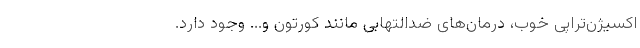
اکسیژن‌تراپی خوب، درمان‌های ضدالتهابی مانند کورتون و... وجود دارد.